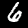
Label: 6